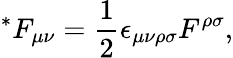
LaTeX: {^\ast}F_{\mu\nu}=\frac{1}{2}\epsilon_{\mu\nu\rho\sigma}F^{\rho\sigma},